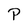
Character: P